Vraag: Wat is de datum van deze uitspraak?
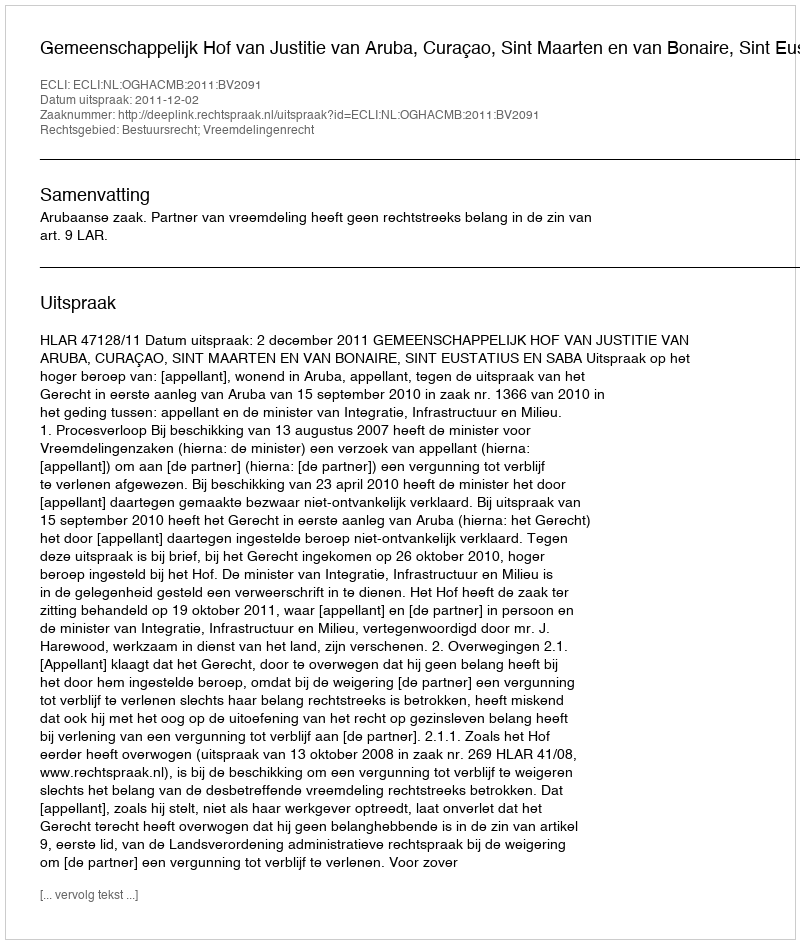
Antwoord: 2011-12-02